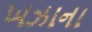
ખઝાના